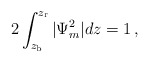
\begin{align*}2 \int_{z_{\rm b}}^{z_{\rm r}} |\Psi_m^2| dz = 1\,, \end{align*}